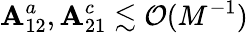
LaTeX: \mathbf{A}_{12}^{a},\mathbf{A}_{21}^{c}\lesssim\mathcal{{O}}(M^{-1})